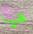
هيا